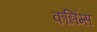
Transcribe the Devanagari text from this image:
कन्निंग्स